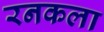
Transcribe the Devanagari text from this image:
रनकला